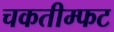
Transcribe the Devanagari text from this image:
चकतीम्फट